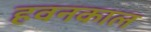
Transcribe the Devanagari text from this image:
हवनकाल